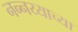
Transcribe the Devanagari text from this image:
नन्नय्याच्या